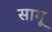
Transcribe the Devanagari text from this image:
सागू